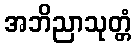
အဘိညာသုတ္တံ